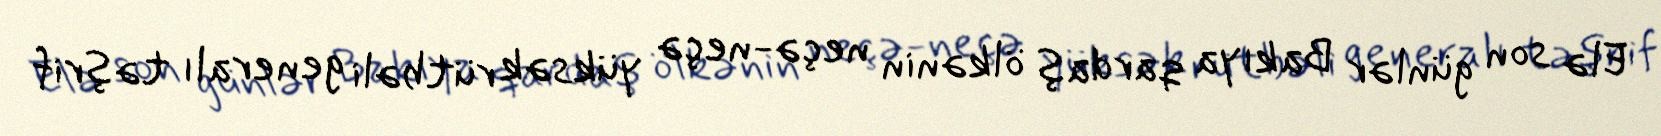
Elə son günlər Bakıya qardaş ölkənin neçə-neçə yüksək rütbəli generalı təşrif